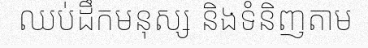
ឈប់ដឹកមនុស្ស និងទំនិញតាម